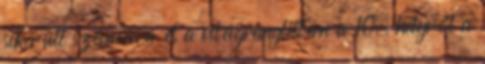
sikerült számára és a világranglistán a 10. helyről a